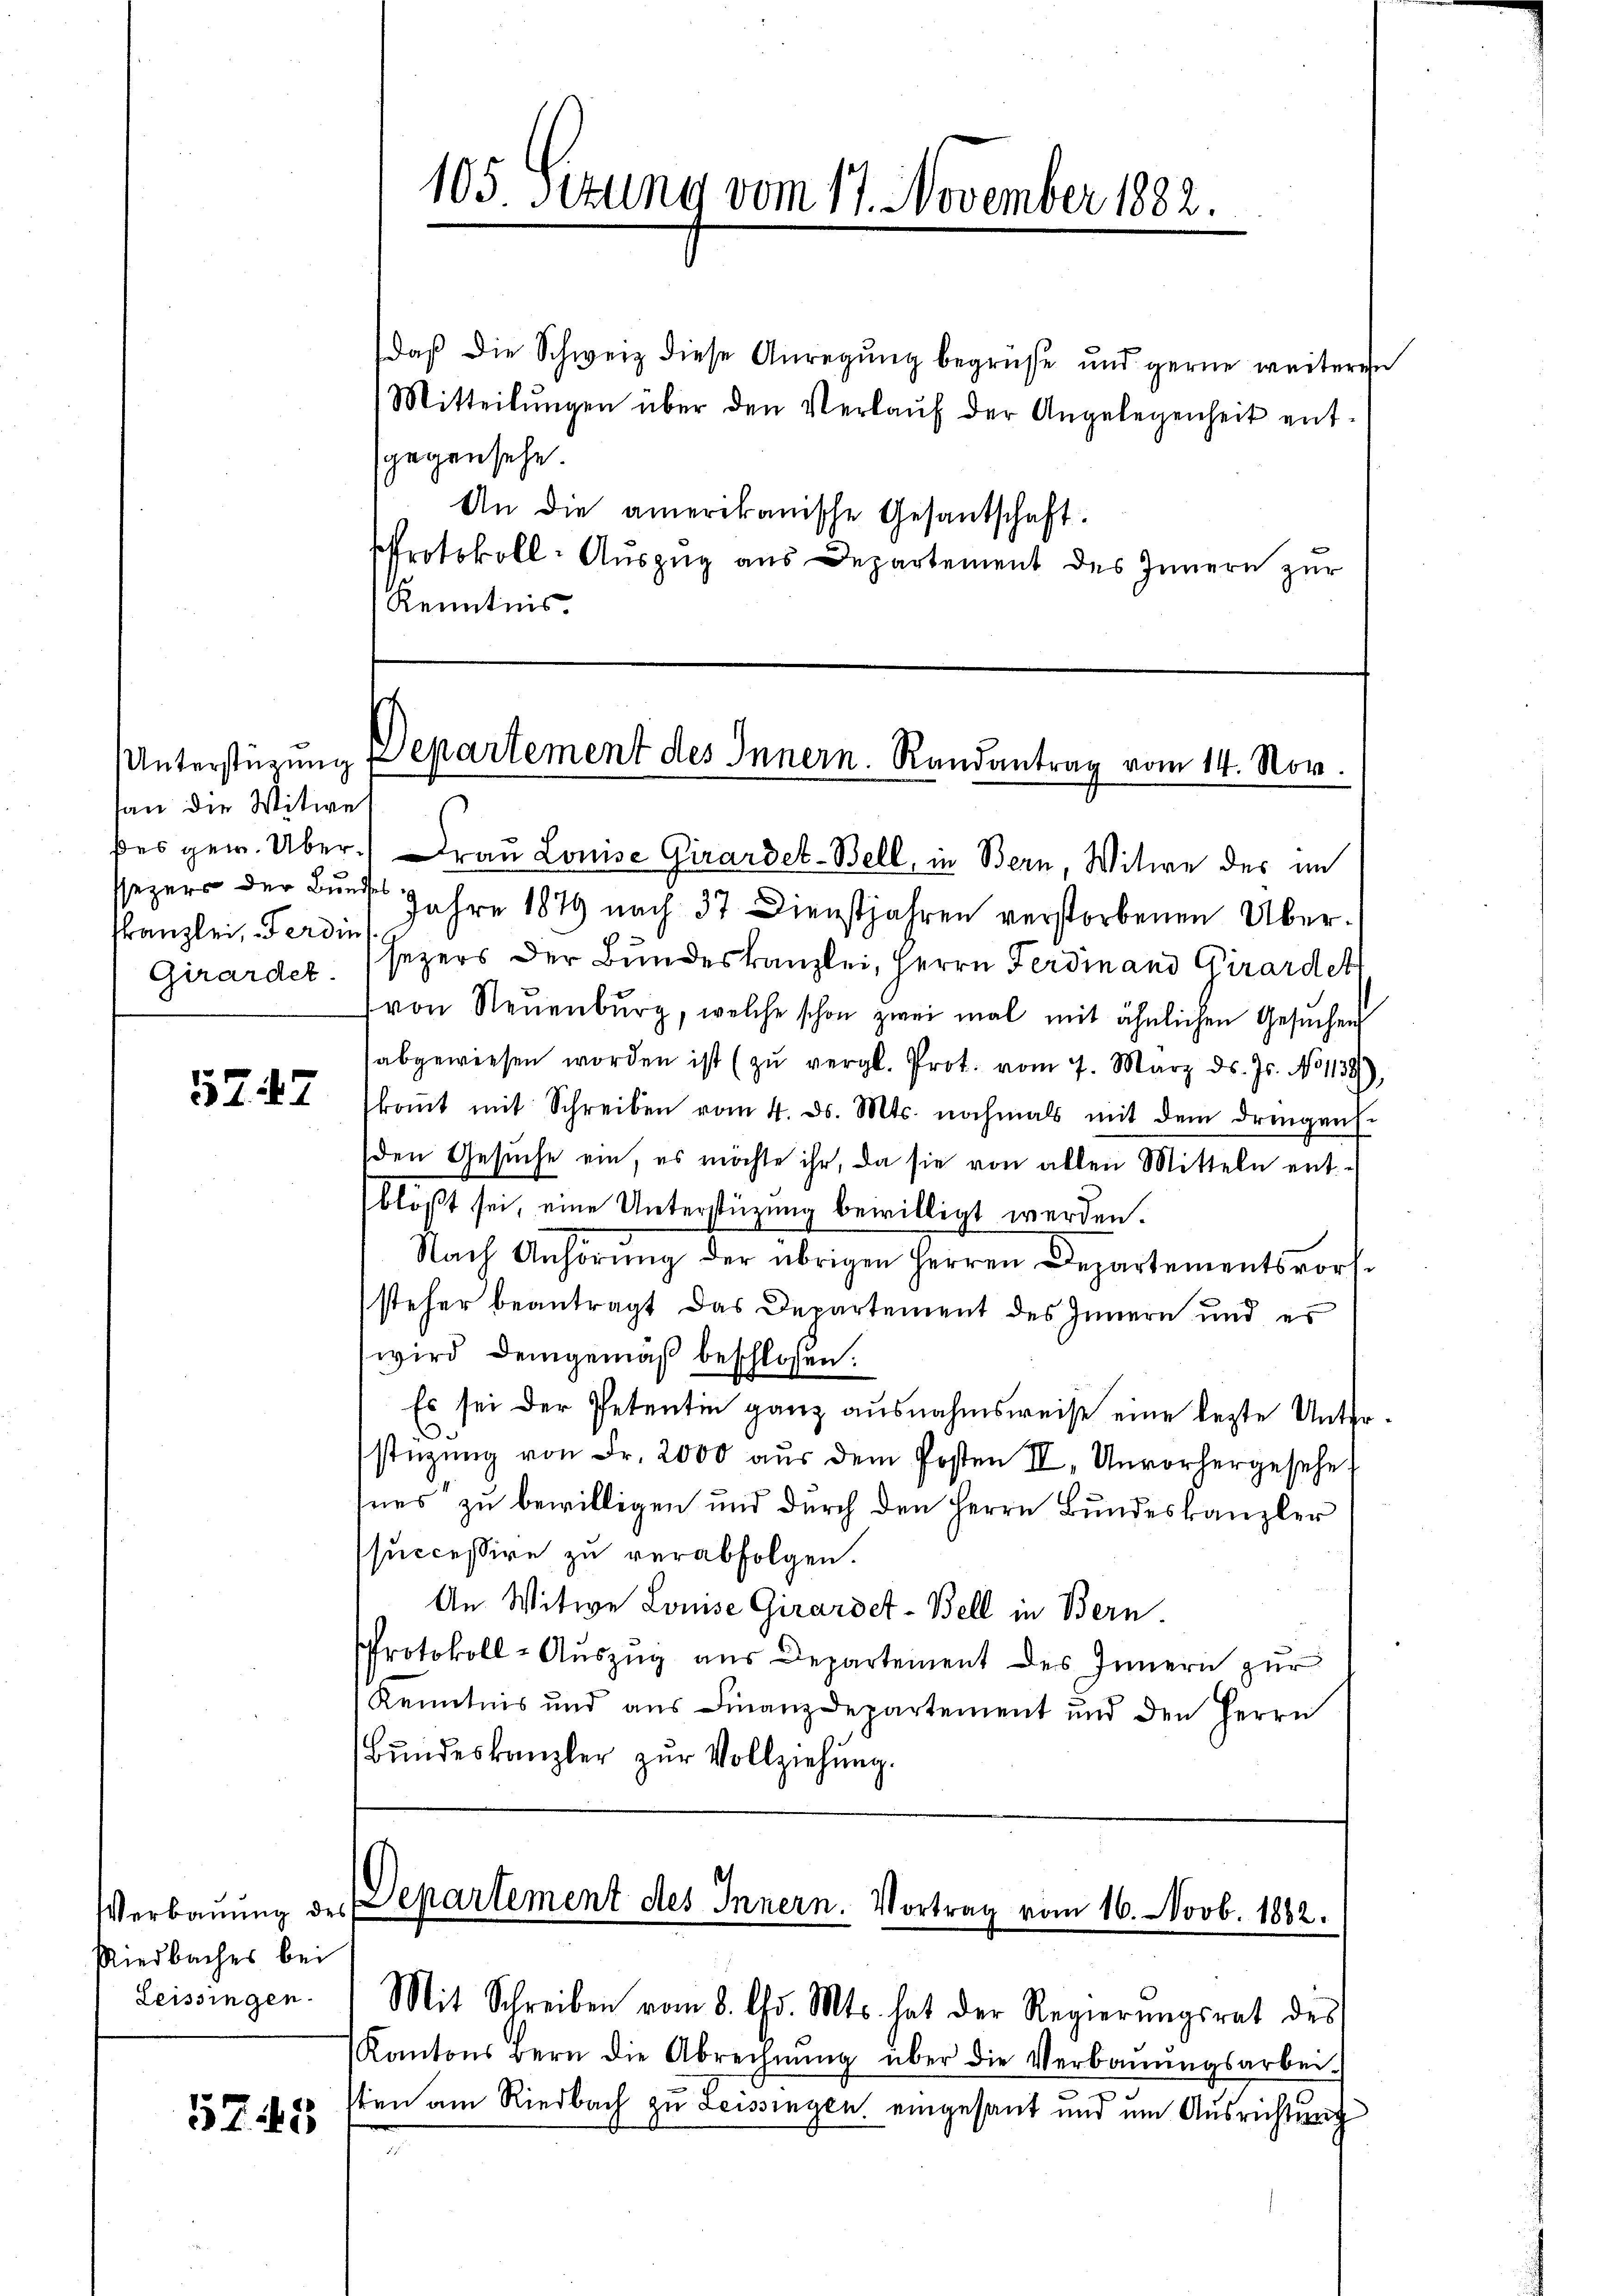
han die Witwe
ssezers der Bundes
Kanzlei, Ferdin
Girarder

5747

Riedbaches bei
Leissingen.

5745

daβ die Schweiz diese Anregŭng begrüße und gerne weiteren
Mitteilŭngen über den Verlaŭf der Angelegenheit ent-
sgegensehe.
An die amerikanische Gesantschaft.
Protokoll-Auszug aus Departement des Innern zur
Kenntnis.

105 Sitzung vom 17. November 1882.

Unterstüzung Departement des Innern. Randantrag vom 14. Nov.

ßes gew. Über Frau Louise Girarde-Bell, in Bern, Witwe des im

Verbauung der Departement des Innern. Vortrag vom 16. Novb. 1882.
Mit Schreiben vom 8. Chr. Mts. hat der Regierŭngsrat des

Kantons Bern die Abrechnŭng über die Verbaŭŭngsarbei-
sten am Riedbach zu Leissingen eingesant und um Ausrichtung

Jahre 1879 nach 37 Dienstjahren verstorbenen Übersezers der Bundeskanzlei, Herrn Ferdinand Girardet
von Neuenburg, welche schon zwei mal mit ähnlichen Gesŭchen
abgewiesen worden ist (zŭ vergl. Prot. vom 7. März d. Js. No 11381),
koṁt mit Schreiben vom 4. ds. Mts. nochmals mit dem dringen.
den Gesŭche ein, es möchte ihr, da sie von allen Mitteln ent-
blößt sei, eine Unterstüzung bewilligt werden.
Nach Anhörung der übrigen Herren Departementsvorssteher beantragt das Departement des Innern und es
wird demgemäß beschlossen:
Es sei der Petentin ganz ausnahmsweise eine lezte Unterstüzung von Fr. 2000 aŭs dem Posten II. Unvorhergesehe
ines zu bewilligen und durch den Herrn Bundeskanzler
ssuccessive zu verabfolgen.
An Witwe Louise Girardet-Bell in Bern.
PProtokoll-Auszug aus Departement des Innern zur
Kenntnis und ans Finanzdepartement und den Herrn
Bundeskanzler zur Vollziehung.